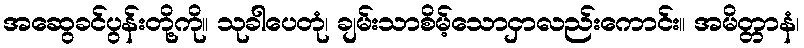
အဆွေခင်ပွန်းတို့ကို။ သုခါပေတုံ၊ ချမ်းသာစိမ့်သောငှာလည်းကောင်း။ အမိတ္တာနံ၊